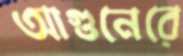
আগুনেরে